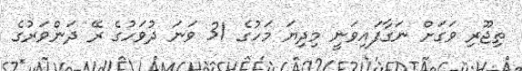
ތިޖޫރި ވަގަށް ނަގާފައިވަނީ މިދިޔަ މަހުގެ 31 ވަނަ ދުވަހުގެ ރޭ ދަންވަރުގެ